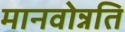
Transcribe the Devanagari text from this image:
मानवोन्नति